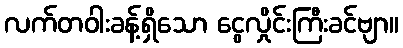
လက်တဝါးခန့်ရှိသော ငွေလှိုင်းကြီးခင်ဗျာ။